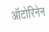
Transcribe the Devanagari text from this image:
ऑटोरिनेन